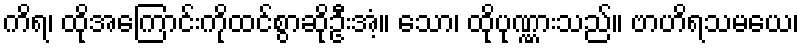
ကိရ၊ ထိုအကြောင်းကိုထင်စွာဆိုဦးအံ့။ သော၊ ထိုပုဏ္ဏားသည်။ ဗာဟိရသမယေ၊